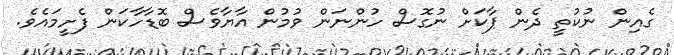
ގެއިން ނުކުތީ ދެން ޕާކަށް ނުގޮސް ހުންނަން ވުމުން އާޔާވެސް ބޮޑާހާކަން ފެށީމައެވެ.